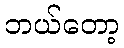
ဘယ်တော့